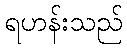
ရဟန်းသည်